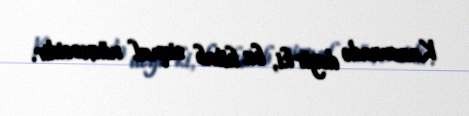
Kazımzadə deyir ki, bu kitab siqnal nüsxəsidir.